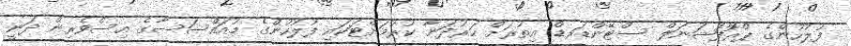
ފުލުހުންގެ ޕްރޮފެޝަނަލް ސްޓޭންޑަރޑް އިތުރަށް ހަރުދަނާ ކުރުމަށްޓަކައި ފުލުހުންގެ މުއައްސަސާގެ އިސްވެރިން ދަނީ